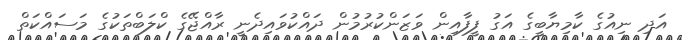
އަދި ނިއުގެ ކާމިޔާބީގެ އަގު ފީފާއިން ވަޒަންކުރުމުން ދައްކުވައިދެނީ ރާއްޖޭގެ ކްލަބްތަކުގެ މަސައްކަތް